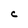
Character: C